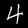
Digit: 4